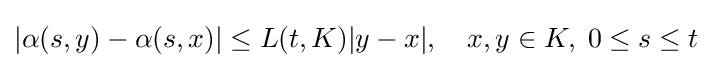
|\alpha (s,y)-\alpha (s,x)|\leq L(t,K)|y-x|,\quad x,y\in K,\;0\leq s\leq t